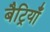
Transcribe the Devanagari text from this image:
बैट्रियाँ